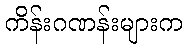
ကိန်းဂဏန်းများက